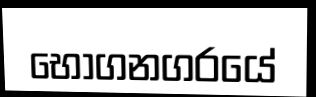
භෝගනගරයේ